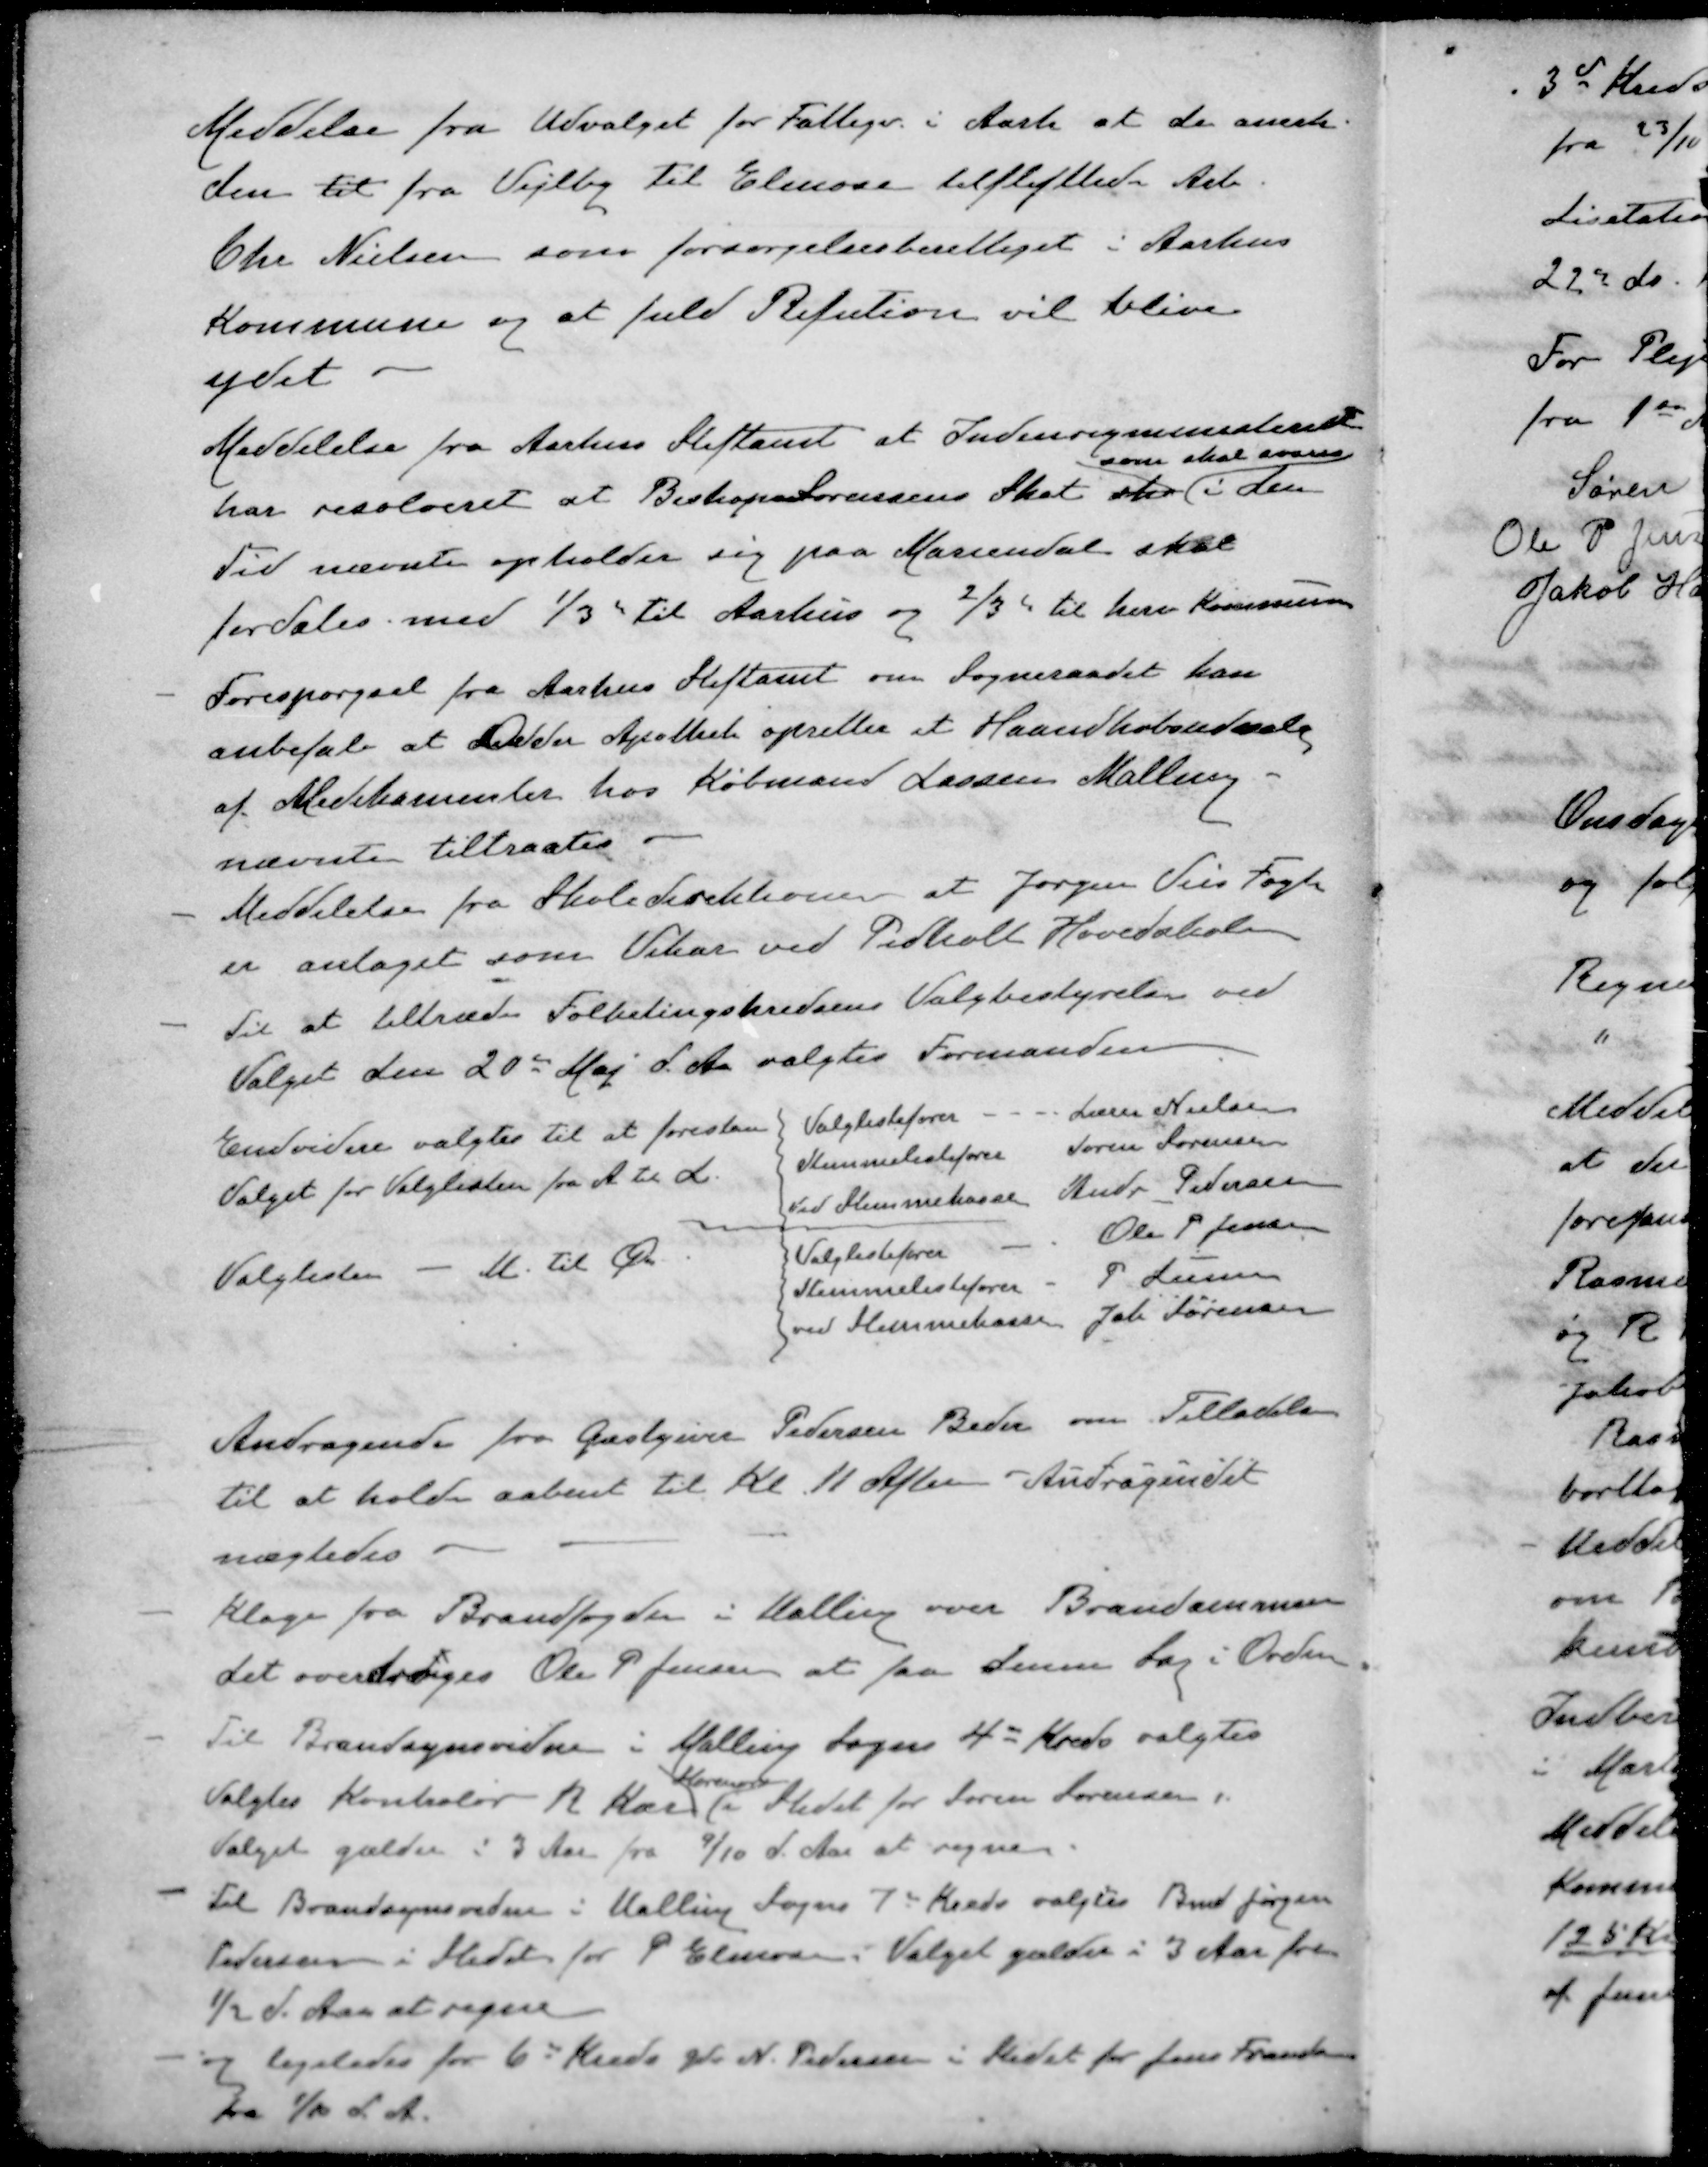
Transskription:
Meddelse fra Udvalget for Fattigv. i Aarh at de anerk.
den til fra Vejlby til Elmose tilflyttede Arb.
Chr Nielsen som forsørgelsesberettiget i Aarhus
Kommune og at fuld Refution vil blive
ydet
Meddelelse fra Aarhus Stiftamt at Indenrigsministeriet
som skal svares
har resolveret at Biskops Sørensens Skat stor i den
Tid nævnte opholder sig paa Mariendal skal
fordeles med 1/3 til Aarhus og 2/3 til herv Kommune
- Forespørgsel fra Aarhus Stiftamt om Sogneraadet kan
anbefale at Odder Apothek opretter et Haandkøbsudvalg
af Medikamenter hos Købmand Lassen Malling
nævnte tiltraates
- Meddelelse fra Skoledirektionen at Jørgen Vils Fogh
er antaget som Vikar ved Pedholt Hovedskole
- Til at tiltræde Folketingskredsens Valgbestyrelse ved
Valget den 20de Maj d. A. valgtes Formanden
Endvidere valgtes til at forestaa
Valget for Valglisten fra A til L
Valglistefører Lærer Nielsen
Stemmelistefører Søren Sørensen
ved Stemmekasse Andr. Petersen
Valglisten - M. til Ø
Valglistefører Ole P Jensen
Stemmelistefører P Larsen
ved Stemmekasse Joh. Sørensen
Andragende fra Gæstgiver Pedersen Beder om Tilladelse
til at holde aabent til Kl. 11 Aften Andragendet
nægtedes.
- Klage fra Brandfogden i Malling over Brandammen
det overdroges Ole P Jensen at faa denne Sag i Orden
- Til Brandsynsvidne i Malling Sogn 4de Kreds valgtes
Storenor
Valgtes Kontrolør R. Karl Stedet for Søren Sørensen
Valget gælder i 3 Aar fra 9/10 d. Aar at regne.
- Til Brandsynsvidne i Malling Sogns 7de Kreds valgtes Bmd Jørgen
Pedersen i Stedet for P Elmose. Valget gælder i 3 Aar for
½ d. Aar at regne
- og ligeledes for 6de Kreds Gdr N. Pedersen i Stedet for Jens Frandsen
fra 1/10 d. A.